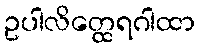
ဥပါလိတ္ထေရဂါထာ